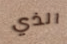
الذي